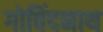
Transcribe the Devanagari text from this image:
गोविंदनाथ